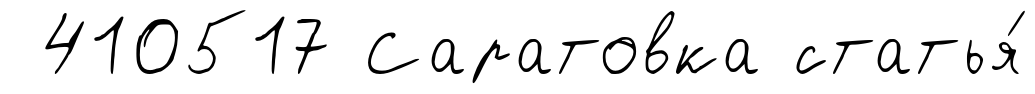
410517 Саратовка статья́